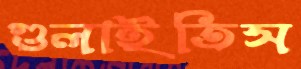
গুলাইতিস